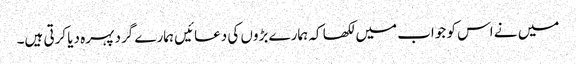
میں نے اس کو جواب میں لکھا کہ ہمارے بڑوں کی دعائیں ہمارے گرد پہرہ دیا کرتی ہیں۔